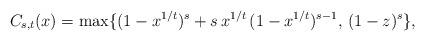
LaTeX: \begin{align*} C_{s,t}(x) = \max\{(1-x^{1/t})^s+s \, x^{1/t} \, (1-x^{1/t})^{s-1} , \, (1-z)^s \},\end{align*}